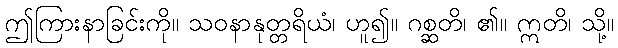
ဤကြားနာခြင်းကို။ သဝနာနုတ္တရိယံ၊ ဟူ၍။ ဂစ္ဆတိ၊ ၏။ ဣတိ၊ သို့။